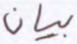
بيان